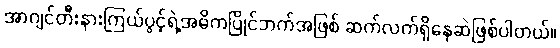
အာဂျင်တီးနားကြယ်ပွင့်ရဲ့အဓိကပြိုင်ဘက်အဖြစ် ဆက်လက်ရှိနေဆဲဖြစ်ပါတယ်။